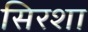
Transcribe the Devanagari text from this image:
सिरशा